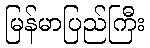
မြန်မာပြည်ကြီး